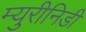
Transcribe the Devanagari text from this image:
म्युरीनिडी